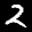
Label: 2